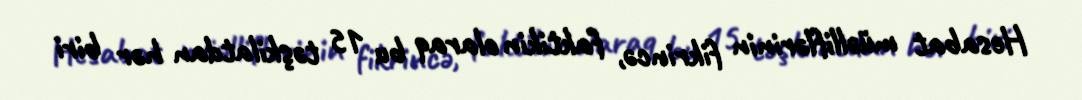
Hesabat müəlliflərinin fikrincə, faktikin olaraq bu 15 təşkilatdan hər biri